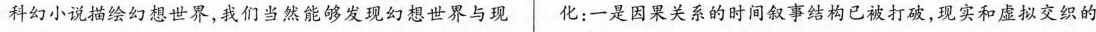
科幻小说描绘幻想世界，我们当然能够发现幻想世界与现 化：一是因果关系的时间叙事结构已被打破，现实和虚拟交织的